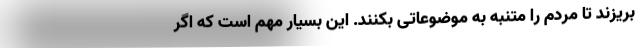
بریزند تا مردم را متنبه به موضوعاتی بکنند. این بسیار مهم است که اگر